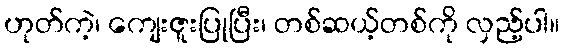
ဟုတ်ကဲ့၊ ကျေးဇူးပြုပြီး၊ တစ်ဆယ့်တစ်ကို လှည့်ပါ။